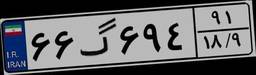
۲۶گ۱۱۹۰۰